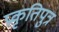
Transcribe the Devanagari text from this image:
प्रकृतिपुत्र